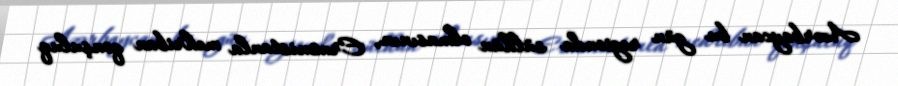
Azərbaycan bu gün regionda sülhün olmasının, Ermənistanla mehriban qonşuluq